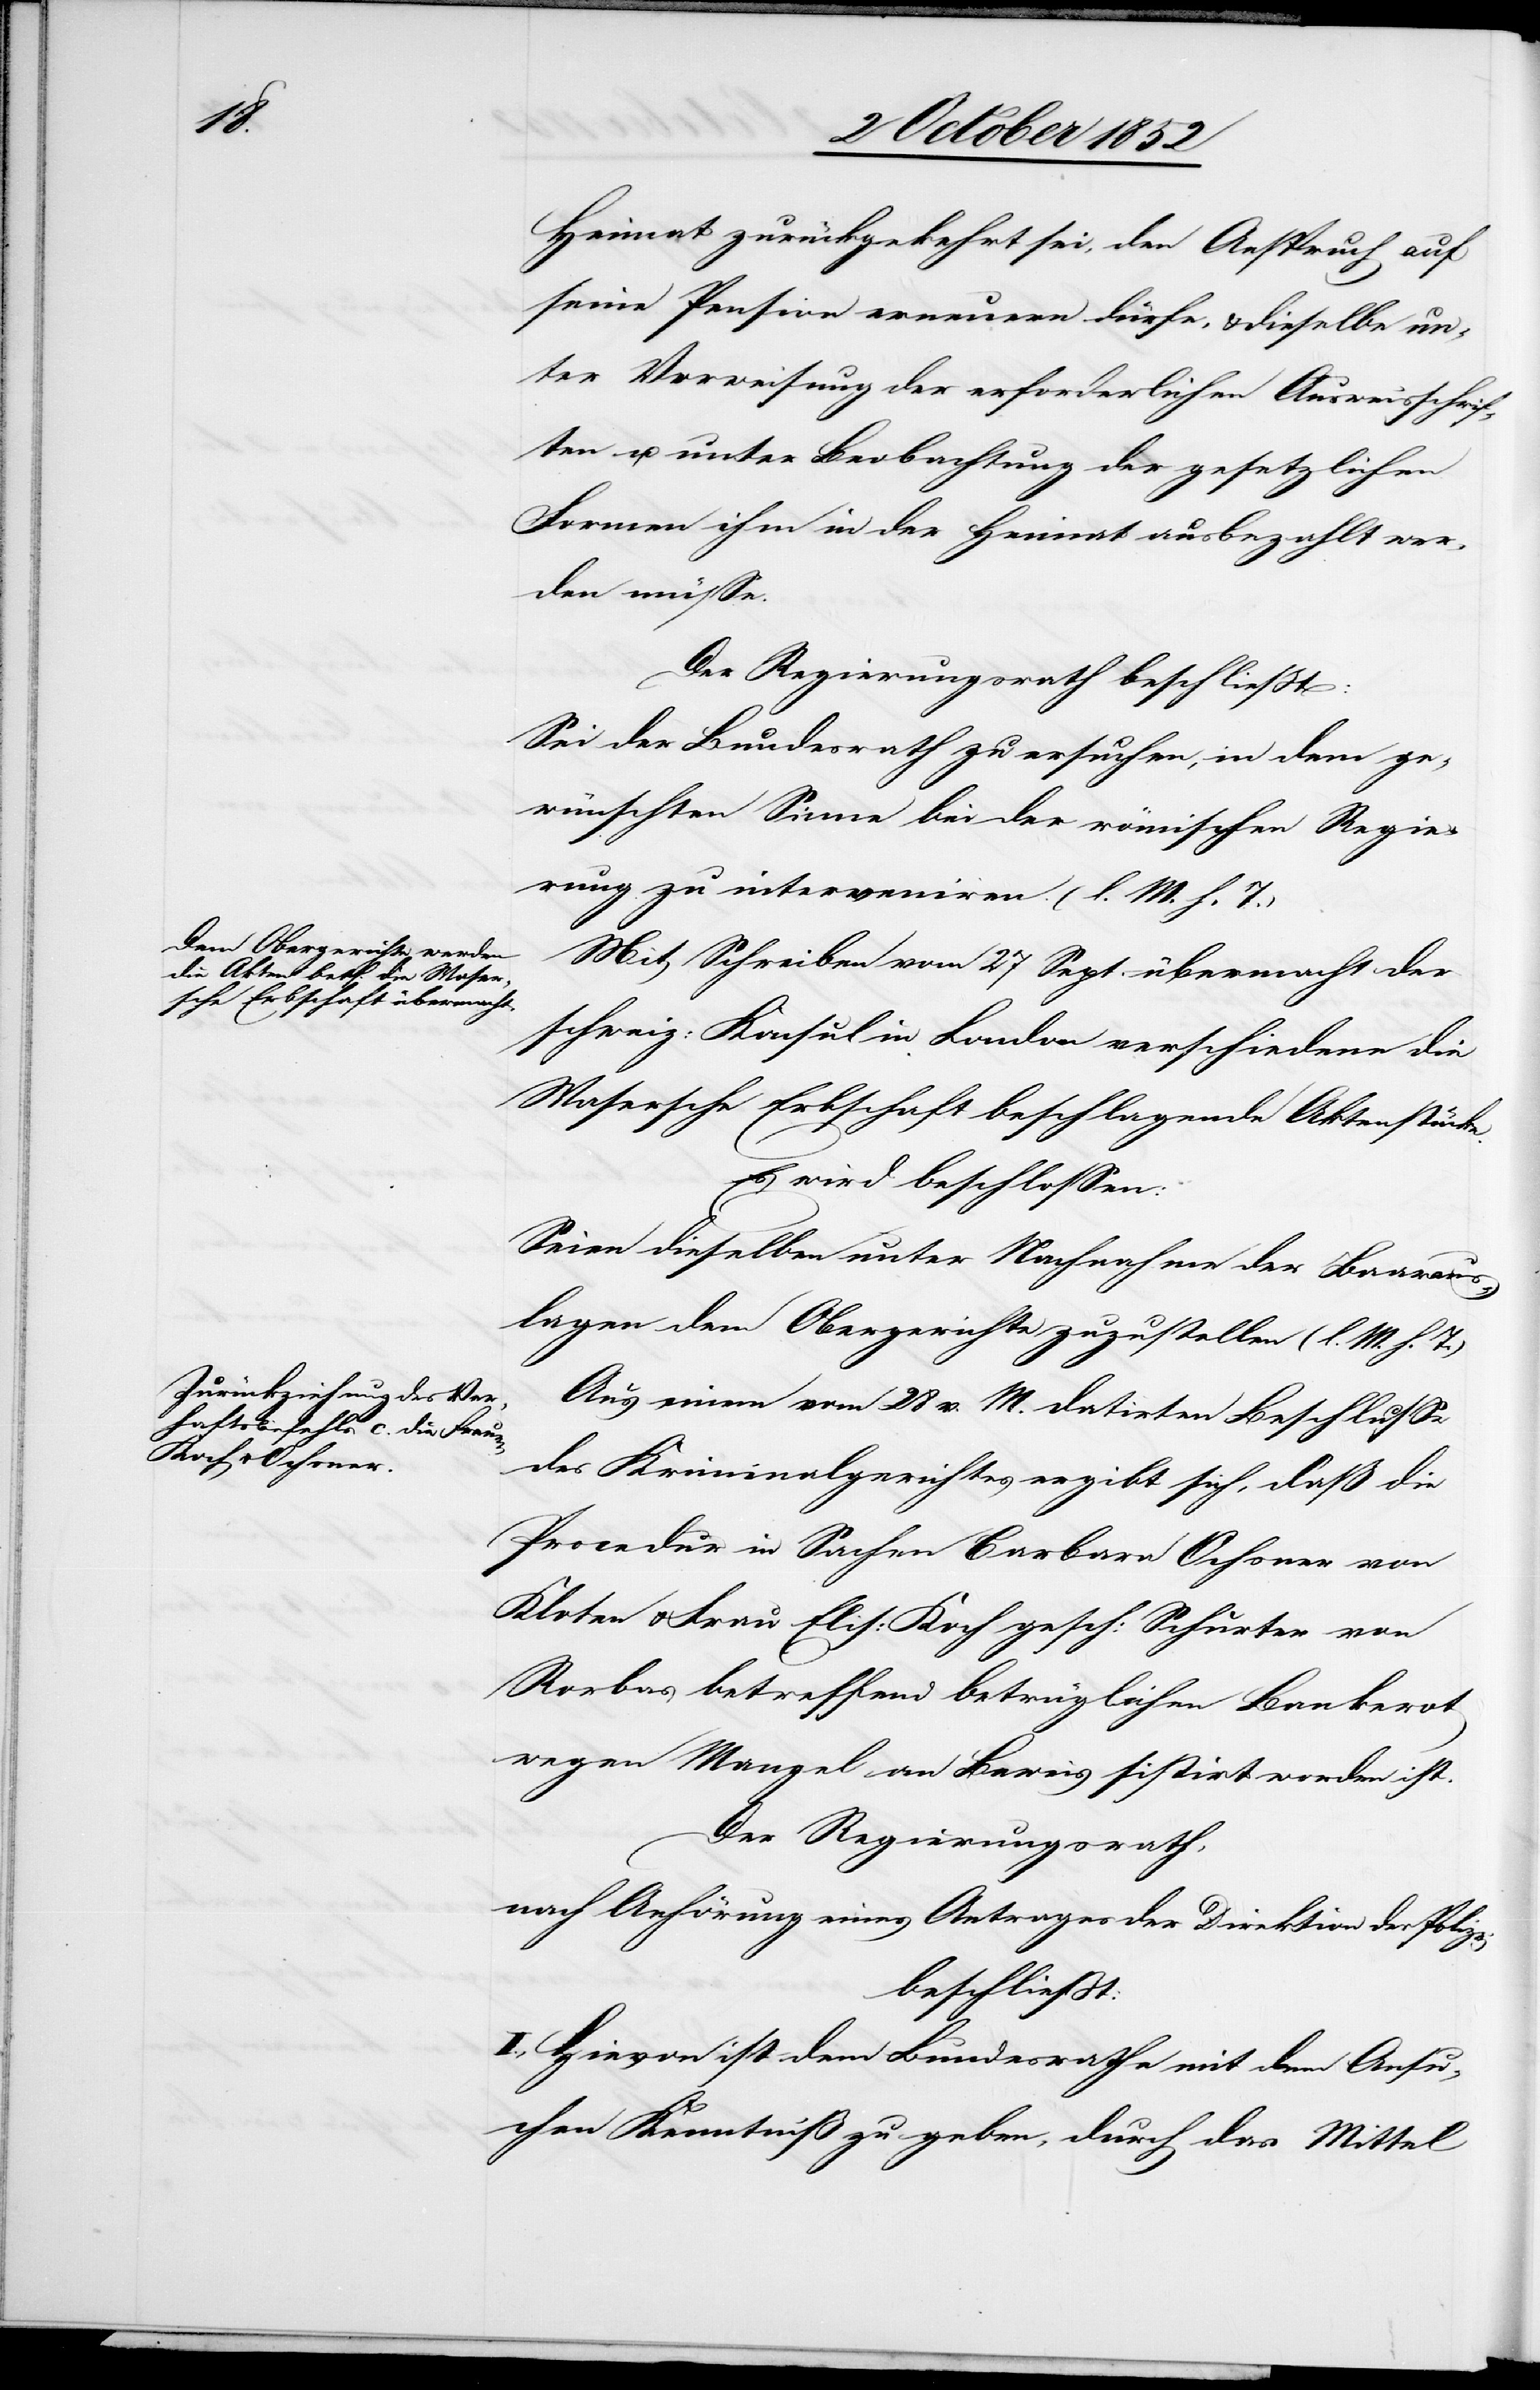
Heimat zurückgekehrt sei, den Anspruch auf
seine Pension erneuern dürfe, & dieselbe un¬
ter Vorweisung der erforderlichen Ausweisschrif¬
ten u. unter Beobachtung der gesetzlichen
Formen ihm in der Heimat ausbezahlt wer¬
den müsse.
Der Regierungsrath beschließt:
Sei der Bundesrath zu ersuchen, in dem ge¬
wünschten Sinne bei der römischen Regie¬
rung zu interveniren. (l. M. h. T.)
Mit Schreiben vom 27 Sept. übermacht der
schweiz: Konsul in London verschiedene die
Mosersche Erbschaft beschlagende Aktenstücke.
Es wird beschlossen:
Seien dieselben unter Nachnahme der Baaraus¬
lagen dem Obergerichte zuzustellen (l. M. h. T.)
Aus einem vom 28 v. M. datirten Beschlusse
des Kriminalgerichtes ergibt sich, daß die
Procedur in Sachen Barbara Ochsner von
Kloten & Frau Elis: Koch gesch: Schurter von
Rorbas betreffend betrüglichen Bankerot
wegen Mangel an Beweis sistirt worden ist.
Der Regierungsrath,
nach Anhörung eines Antrages der Direktion der Polizei
beschließt:
I., Hievon ist dem Bundesrathe mit dem Ansu¬
chen Kenntniß zu geben, durch das Mittel